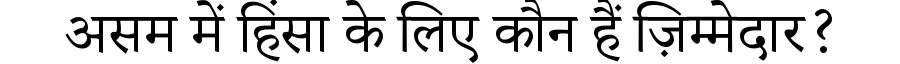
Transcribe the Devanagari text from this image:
असम में हिंसा के लिए कौन हैं ज़िम्मेदार?